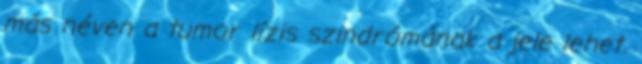
más néven a tumor lízis szindrómának a jele lehet.